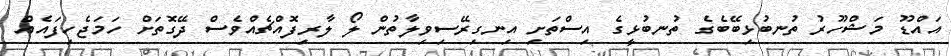
އައްޑޫޫ މަޝްހޫރު ތުނބުޅިބޭބެގެ ތުނބުޅީގެ އިސްތަށި އިނގިރޭސިވިލާތުން ލޯ ލާރިފޮއްޗެއްވެސް ދޭގޮތަށް ހަމަޖެހިފައެއް